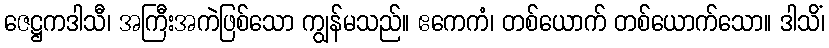
ဇေဋ္ဌကဒါသီ၊ အကြီးအကဲဖြစ်သော ကျွန်မသည်။ ဧကေကံ၊ တစ်ယောက် တစ်ယောက်သော။ ဒါသိံ၊